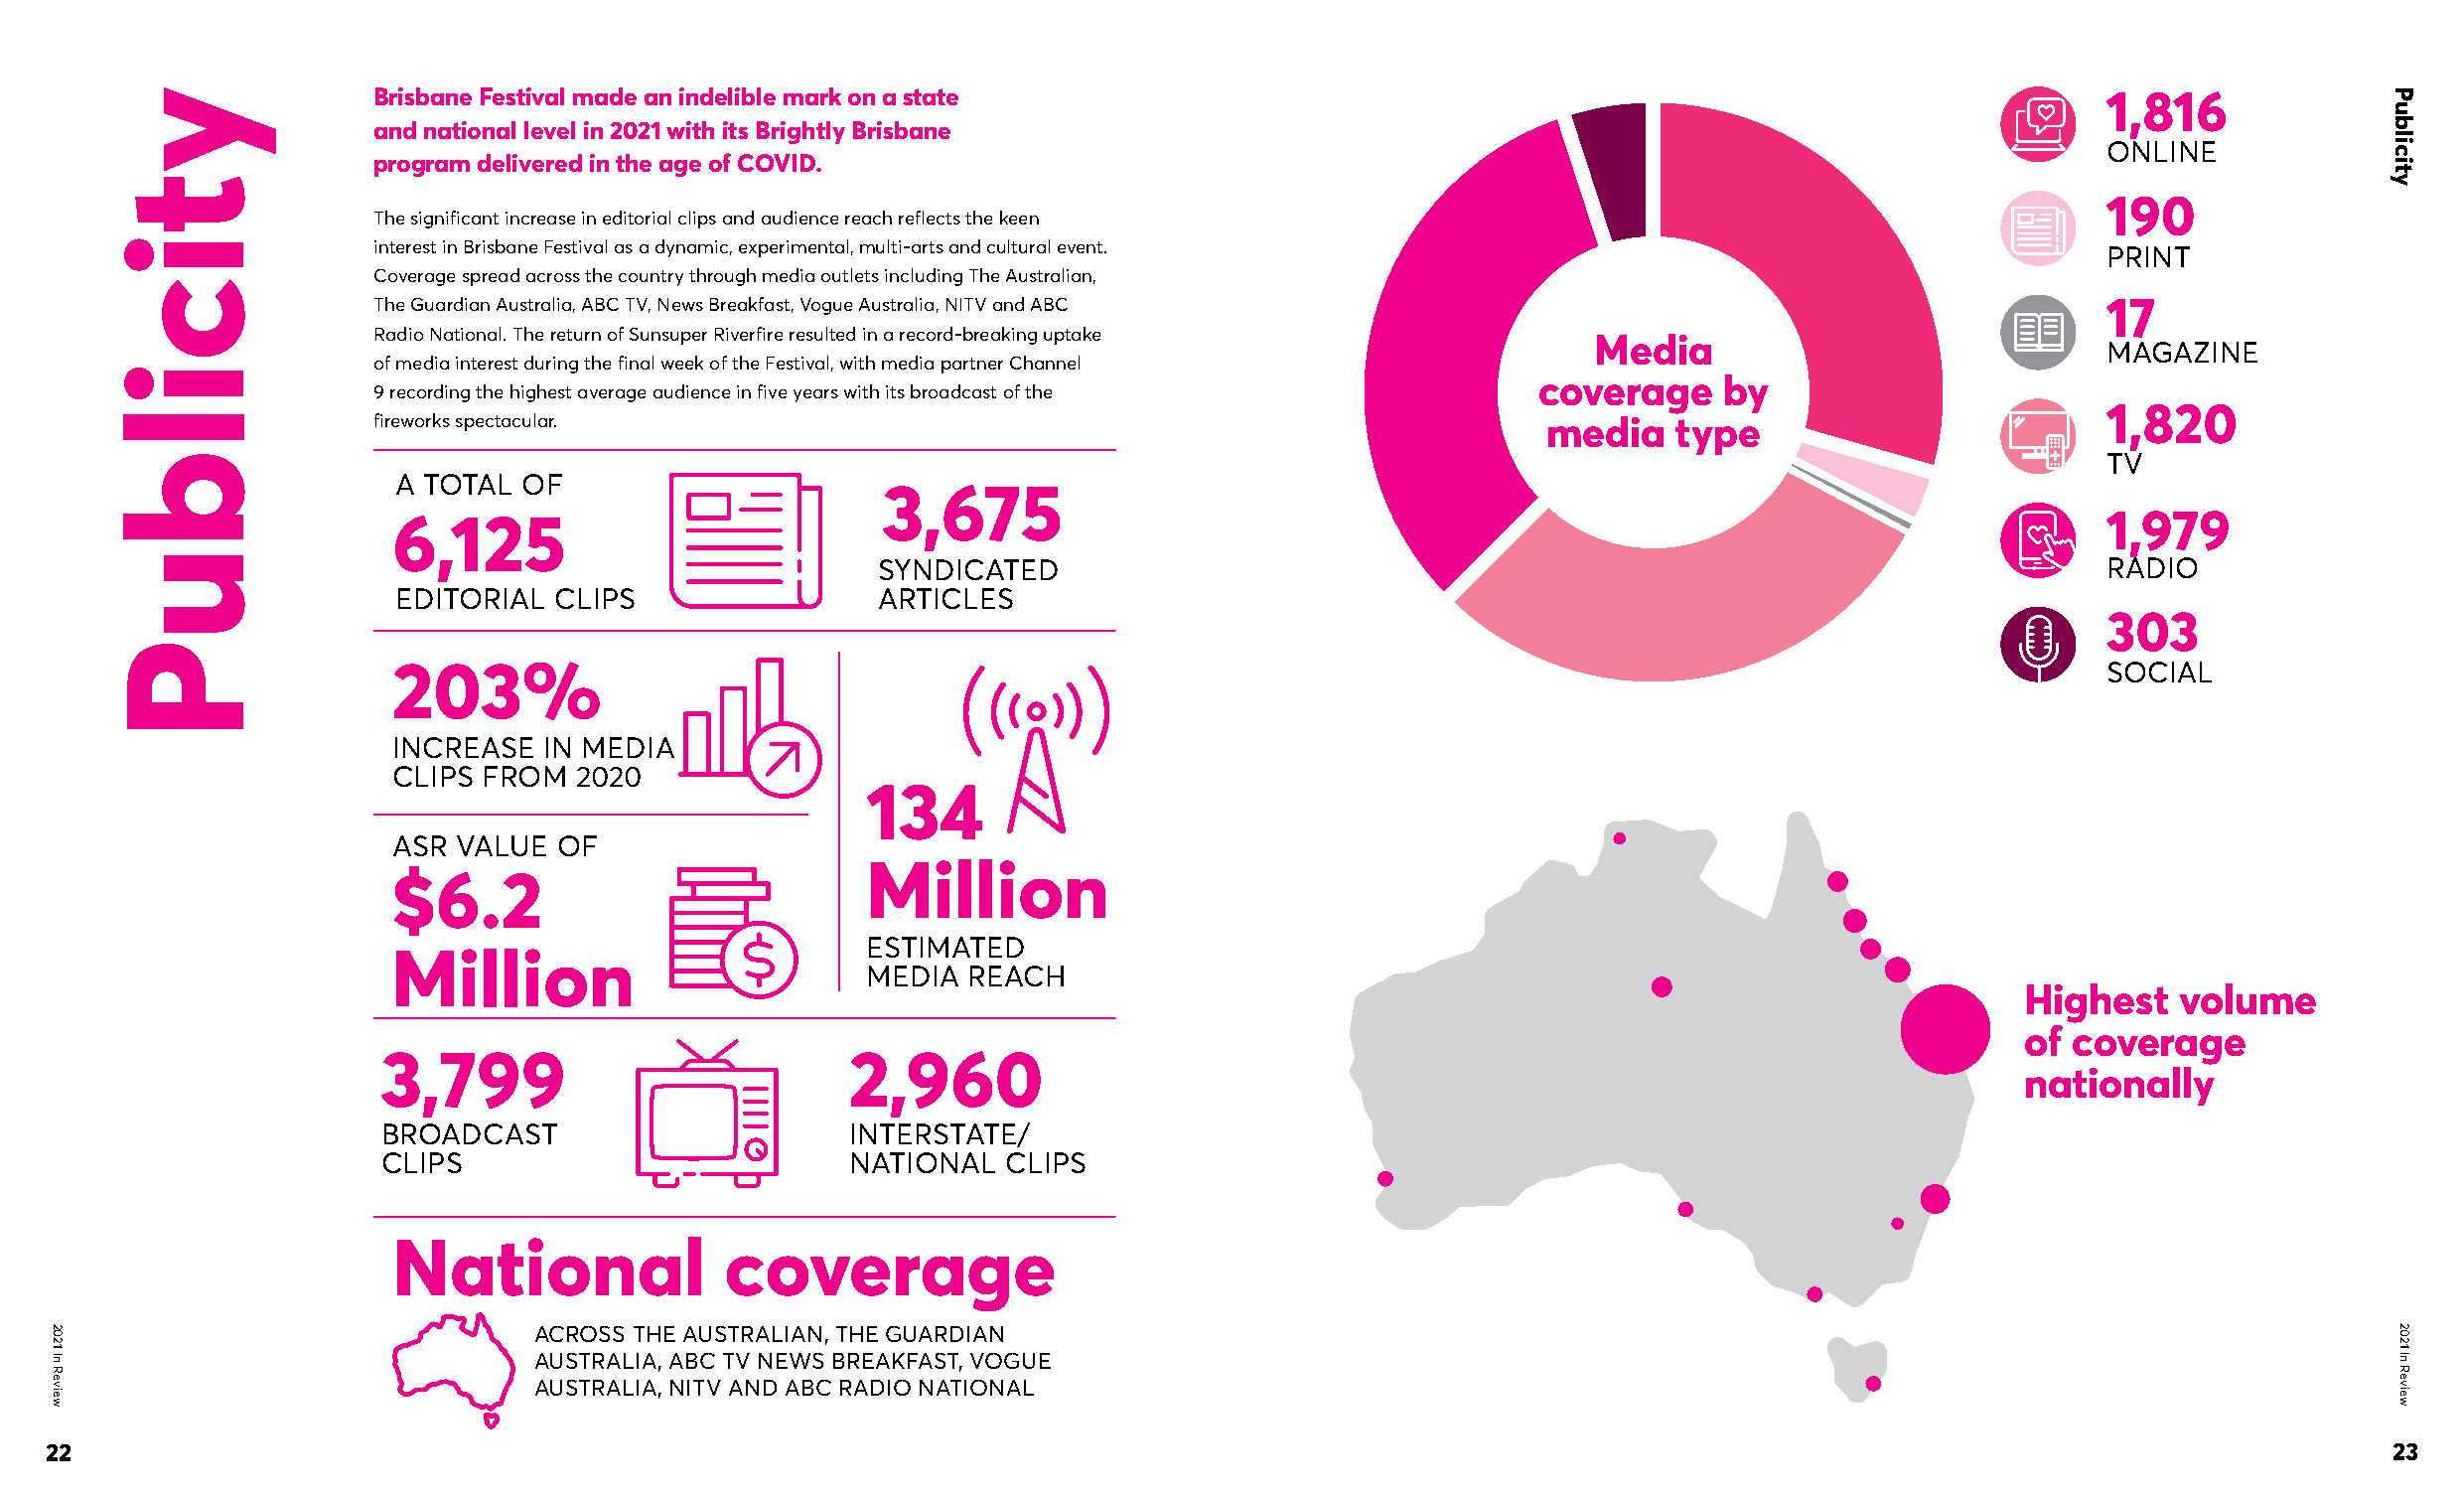
Brisbane Festival made an indelible mark on a state                                                                1,816
 and national level in 2021 with its Brightly Brisbane
 ONLINE
 program delivered in the age of COVID.
 190
 The significant increase in editorial clips and audience reach reflects the keen
 interest in Brisbane Festival as a dynamic, experimental, multi-arts and cultural event.                           PRINT
 Coverage spread across the country through media outlets including The Australian,
 The Guardian Australia, ABC TV, News Breakfast, Vogue Australia, NITV and ABC                                      17
 Radio National. The return of Sunsuper Riverfire resulted in a record-breaking uptake
 Media
 MAGAZINE
 of media interest during the final week of the Festival, with media partner Channel
 coverage    by
 9 recording the highest average audience in five years with its broadcast of the
 1,820
 fireworks spectacular.                                                        media    type
 TV
 A TOTAL  OF
 3,675
 6,125                                                                                                             1,979
 SYNDICATED                                                                        RADIO
 EDITORIAL  CLIPS                ARTICLES
 303
 203%                                                                                                              SOCIAL
 INCREASE  IN MEDIA
 CLIPS FROM  2020
 134
 ASR VALUE  OF
 Million
 $6.2
 ESTIMATED
 Million
 MEDIA REACH
 Highest   volume
 of coverage
 3,799                           2,960
 nationally
 BROADCAST                       INTERSTATE/
 CLIPS                           NATIONAL  CLIPS
 National              coverage
 ACROSS THE AUSTRALIAN, THE GUARDIAN
 AUSTRALIA, ABC TV NEWS BREAKFAST, VOGUE
 AUSTRALIA, NITV AND ABC RADIO NATIONAL
 22                                                                                                                                                          23
 2021
 In
 Review
 yticilbuP                                                                                                                                              Publicity
 2021
 In
 Review